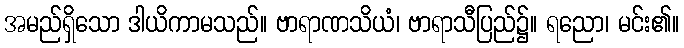
အမည်ရှိသော ဒါယိကာမသည်။ ဗာရာဏသိယံ၊ ဗာရာသီပြည်၌။ ရညော၊ မင်း၏။